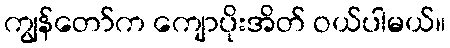
ကျွန်တော်က ကျောပိုးအိတ် ဝယ်ပါမယ်။